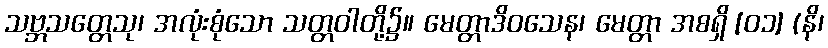
သဗ္ဘသတ္တေသု၊ အလုံးစုံသော သတ္တဝါတို့၌။ မေတ္တာဒိဝသေန၊ မေတ္တာ အစရှိ [၀၁] (နိ၊